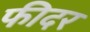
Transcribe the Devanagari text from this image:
फीदर